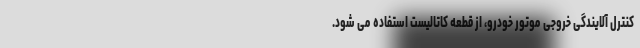
کنترل آلایندگی خروجی موتور خودرو، از قطعه کاتالیست استفاده می شود.